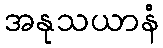
အနုသယာနံ